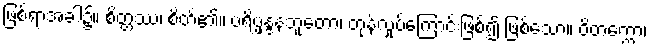
ဖြစ်ရာအခါ၌။ စိတ္တဿ၊ စိတ်၏။ ပရိပ္ဖန္ဒနဘူတော၊ တုန်လှုပ်ကြောင်းဖြစ်၍ ဖြစ်သော။ ဝိတက္ကော၊